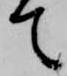
て